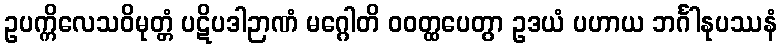
ဥပက္ကိလေသဝိမုတ္တံ ပဋိပဒါဉာဏံ မဂ္ဂေါတိ ဝဝတ္ထပေတွာ ဥဒယံ ပဟာယ ဘင်္ဂါနုပဿနံ